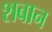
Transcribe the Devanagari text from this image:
शबान